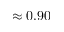
\approx 0 . 9 0